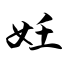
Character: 妊